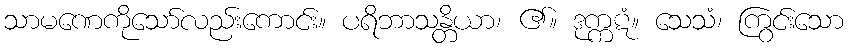
သာမဏေကိုသော်လည်းကောင်း။ ပရိဘာသန္တိယာ၊ ၏။ ဒုက္ကဋံ။ သေသံ၊ ကြွင်းသော